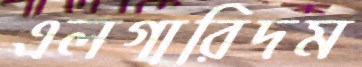
এলগারিদম